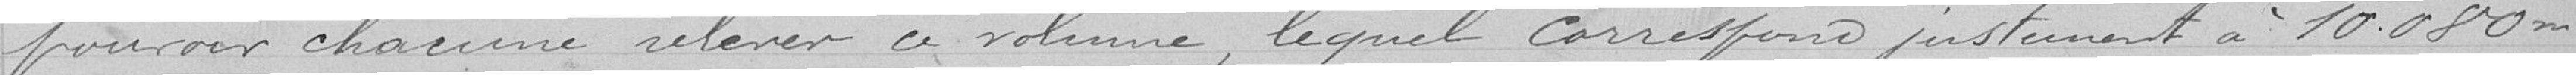
pouvoir chacune relever ce volume, lequel correspond justement à 10.080m3